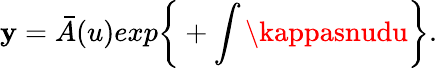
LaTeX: \mathbf{y}={\bar{{A}}}(u)exp\bigg\{ +\int\kappasnudu\bigg\} .